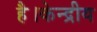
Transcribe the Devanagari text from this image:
है।केन्द्रीय